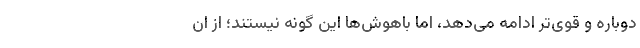
دوباره و قوی‌تر ادامه می‌دهد، اما باهوش‌ها این گونه نیستند؛ از ان